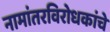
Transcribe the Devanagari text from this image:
नामांतरविरोधकांचे